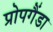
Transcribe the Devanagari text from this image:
प्रोपगैंडा